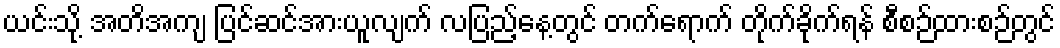
ယင်းသို့ အတိအကျ ပြင်ဆင်အားယူလျက် လပြည့်နေ့တွင် တက်ရောက် တိုက်ခိုက်ရန် စီစဉ်ထားစဉ်တွင်